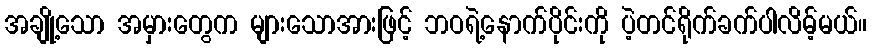
အချို့သော အမှားတွေက များသောအားဖြင့် ဘဝရဲ့နောက်ပိုင်းကို ပဲ့တင်ရိုက်ခက်ပါလိမ့်မယ်။